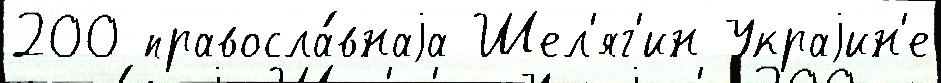
200 правосла́внаjа Шел'яг'ин Украjин'е